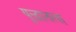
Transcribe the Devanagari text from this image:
युद्धातला